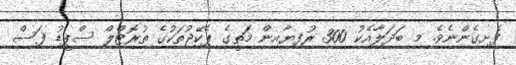
ފެށިގެންނެވެ. މި ބަދަލާއެކު 300 ރުފިޔާއިން މަތީގެ ޕެކޭޖުތަކުގެ ތުރޮޓްލް ސްޕީޑު ފަސް